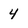
Character: 4